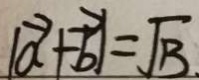
\vert \overrightarrow { a } + \overrightarrow { b } \vert = \sqrt { 1 3 } .